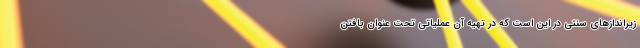
زیراندازهای سنتی در این است که در تهیه آن عملیاتی تحت عنوان بافتن